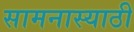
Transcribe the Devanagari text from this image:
सामनास्याठी